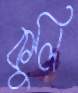
কুলি